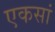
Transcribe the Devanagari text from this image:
एकसां